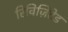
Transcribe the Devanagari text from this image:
रिविज़िटेड